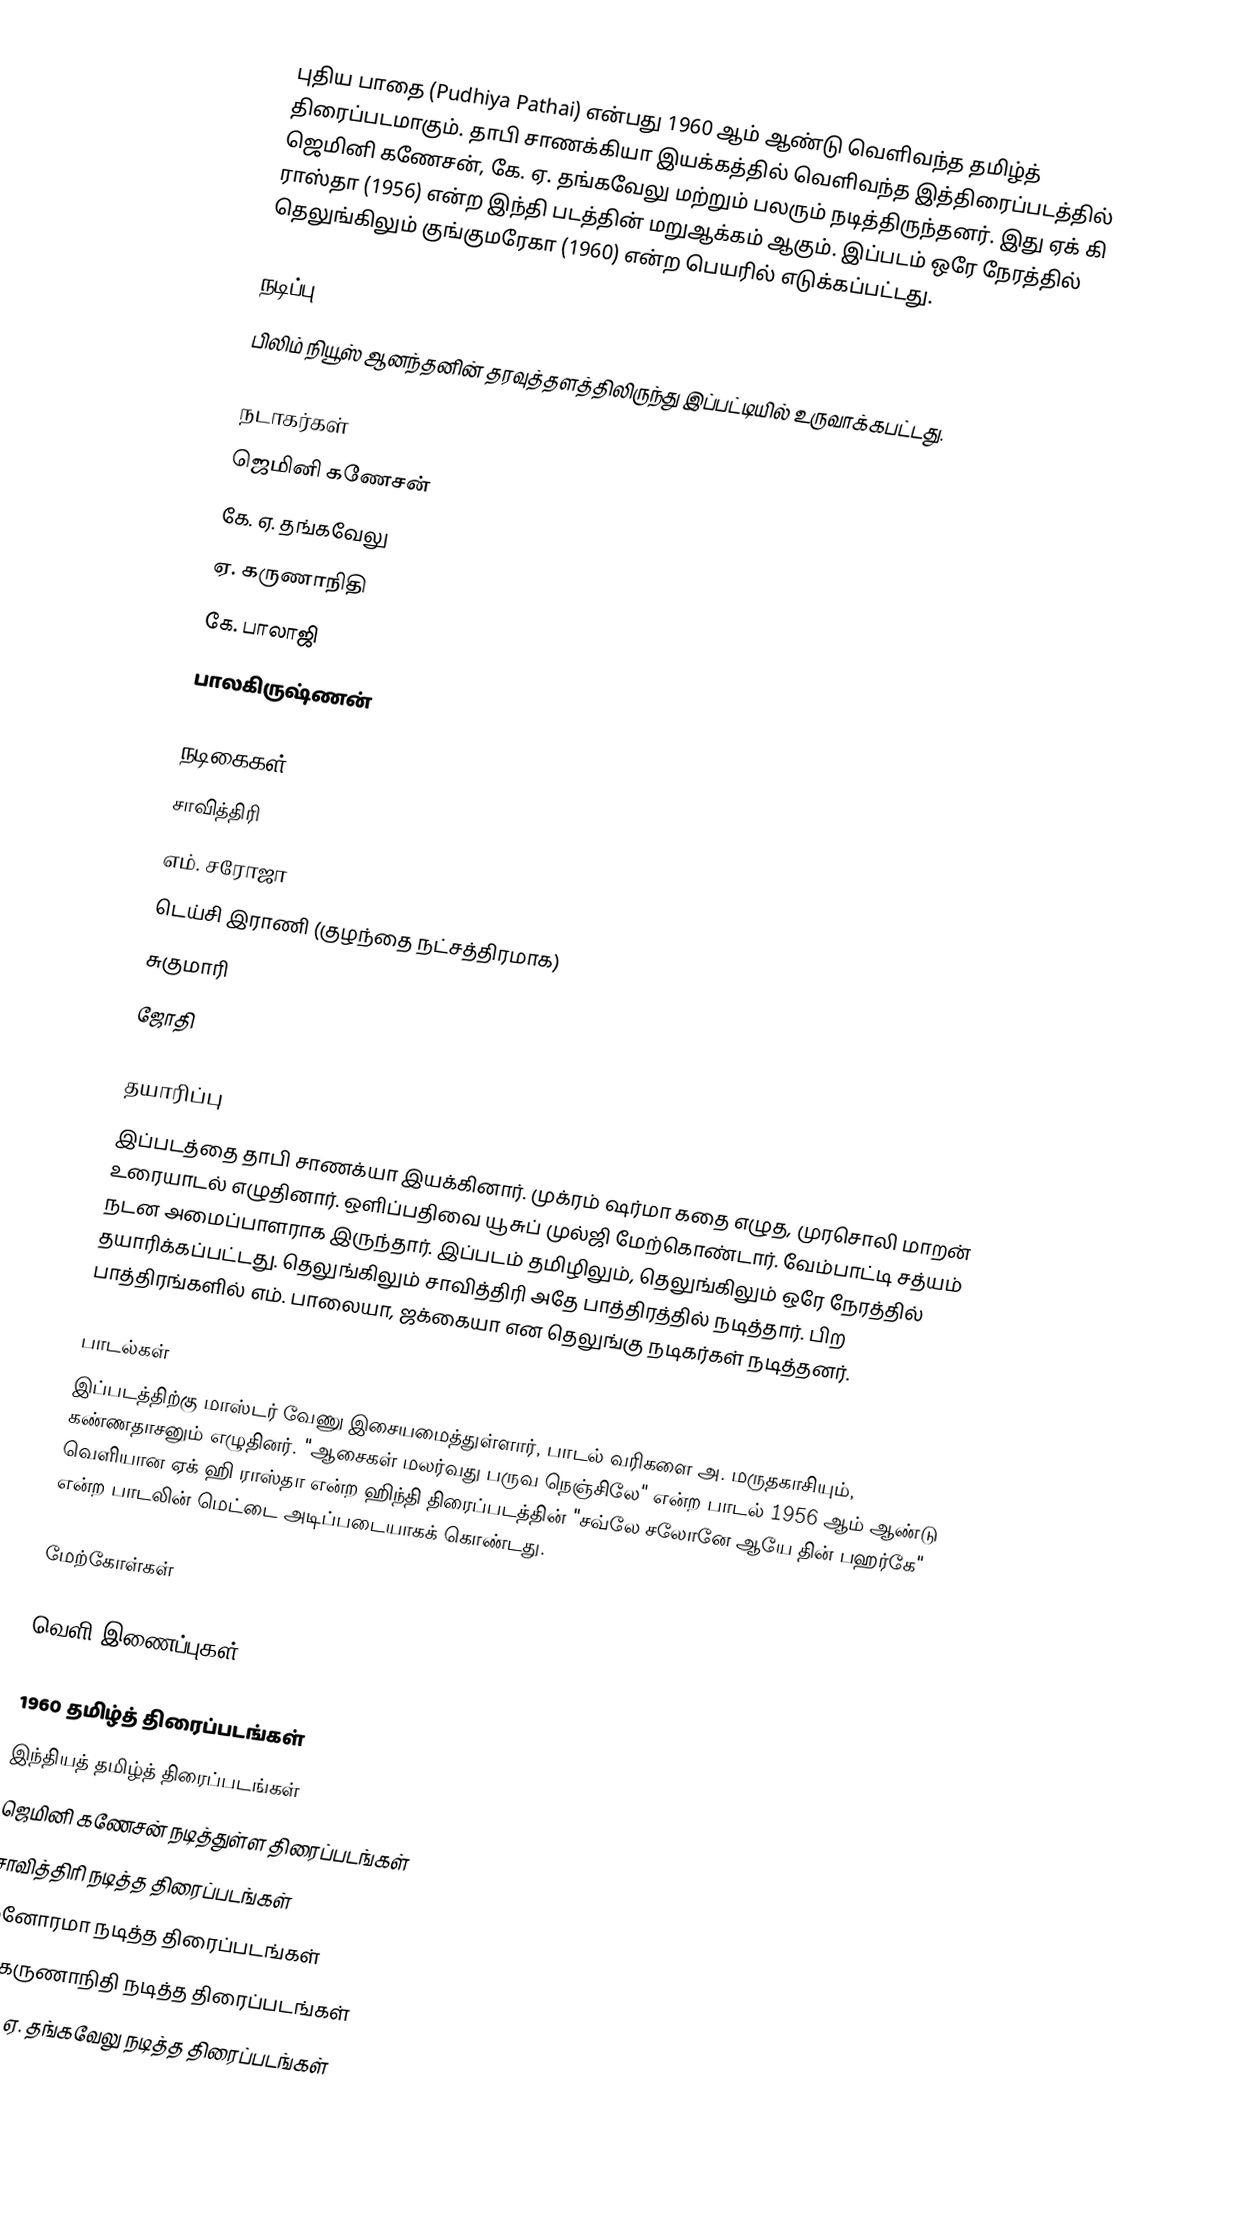
புதிய பாதை (Pudhiya Pathai) என்பது 1960 ஆம் ஆண்டு வெளிவந்த தமிழ்த் திரைப்படமாகும். தாபி சாணக்கியா இயக்கத்தில் வெளிவந்த இத்திரைப்படத்தில் ஜெமினி கணேசன், கே. ஏ. தங்கவேலு மற்றும் பலரும் நடித்திருந்தனர். இது ஏக் கி ராஸ்தா (1956) என்ற இந்தி படத்தின் மறுஆக்கம் ஆகும். இப்படம் ஒரே நேரத்தில் தெலுங்கிலும் குங்குமரேகா (1960) என்ற பெயரில் எடுக்கப்பட்டது.

நடிப்பு
பிலிம் நியூஸ் ஆனந்தனின் தரவுத்தளத்திலிருந்து இப்பட்டியில் உருவாக்கபட்டது.

நடாகர்கள்
ஜெமினி கணேசன்
கே. ஏ. தங்கவேலு
ஏ. கருணாநிதி
கே. பாலாஜி
பாலகிருஷ்ணன்

நடிகைகள்
சாவித்திரி
எம். சரோஜா
டெய்சி இராணி (குழந்தை நட்சத்திரமாக)
சுகுமாரி
ஜோதி

தயாரிப்பு
இப்படத்தை தாபி சாணக்யா இயக்கினார். முக்ரம் ஷர்மா கதை எழுத, முரசொலி மாறன் உரையாடல் எழுதினார். ஒளிப்பதிவை யூசுப் முல்ஜி மேற்கொண்டார். வேம்பாட்டி சத்யம் நடன அமைப்பாளராக இருந்தார். இப்படம் தமிழிலும், தெலுங்கிலும் ஒரே நேரத்தில் தயாரிக்கப்பட்டது. தெலுங்கிலும் சாவித்திரி அதே பாத்திரத்தில் நடித்தார். பிற பாத்திரங்களில் எம். பாலையா, ஜக்கையா என தெலுங்கு நடிகர்கள் நடித்தனர்.

பாடல்கள்
இப்படத்திற்கு மாஸ்டர் வேணு இசையமைத்துள்ளார், பாடல் வரிகளை அ. மருதகாசியும், கண்ணதாசனும் எழுதினர். "ஆசைகள் மலர்வது பருவ நெஞ்சிலே" என்ற பாடல் 1956 ஆம் ஆண்டு வெளியான ஏக் ஹி ராஸ்தா என்ற ஹிந்தி திரைப்படத்தின் "சவ்லே சலோனே ஆயே தின் பஹர்கே" என்ற பாடலின் மெட்டை அடிப்படையாகக் கொண்டது.

மேற்கோள்கள்

வெளி இணைப்புகள்

1960 தமிழ்த் திரைப்படங்கள்
இந்தியத் தமிழ்த் திரைப்படங்கள்
ஜெமினி கணேசன் நடித்துள்ள திரைப்படங்கள்
சாவித்திரி நடித்த திரைப்படங்கள்
மனோரமா நடித்த திரைப்படங்கள்
ஏ. கருணாநிதி நடித்த திரைப்படங்கள்
கே. ஏ. தங்கவேலு நடித்த திரைப்படங்கள்